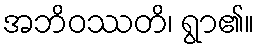
အဘိဝဿတိ၊ ရွာ၏။